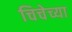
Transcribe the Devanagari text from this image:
चिचेच्या